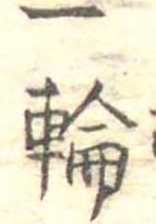
一輪